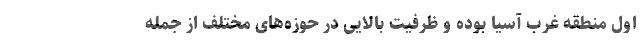
اول منطقه غرب آسیا بوده و ظرفیت بالایی در حوزه‌های مختلف از جمله